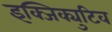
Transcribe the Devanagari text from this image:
इक्जिक्युटिव